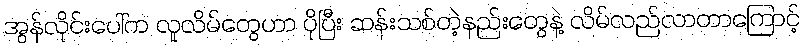
အွန်လိုင်းပေါ်က လူလိမ်တွေဟာ ပိုပြီး ဆန်းသစ်တဲ့နည်းတွေနဲ့ လိမ်လည်လာတာကြောင့်